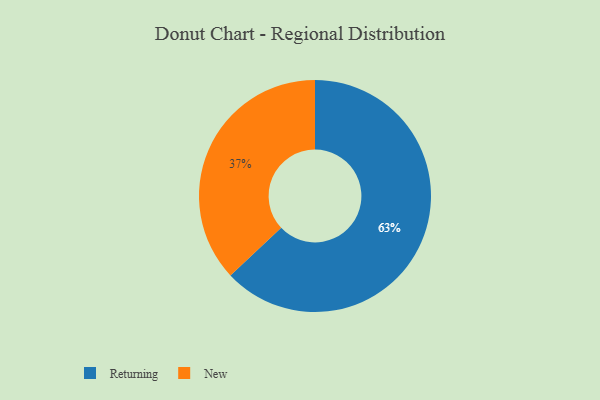
{"axis": {"x": "Category", "y": "Percentage"}, "legend": ["New", "Returning"], "data": [{"x": "Returning", "y": 63, "type": "Returning"}, {"x": "New", "y": 37, "type": "New"}]}